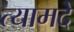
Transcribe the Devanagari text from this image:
त्यामदे